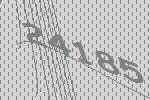
24185